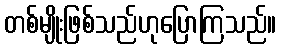
တစ်မျိုးဖြစ်သည်ဟုပြောကြသည်။